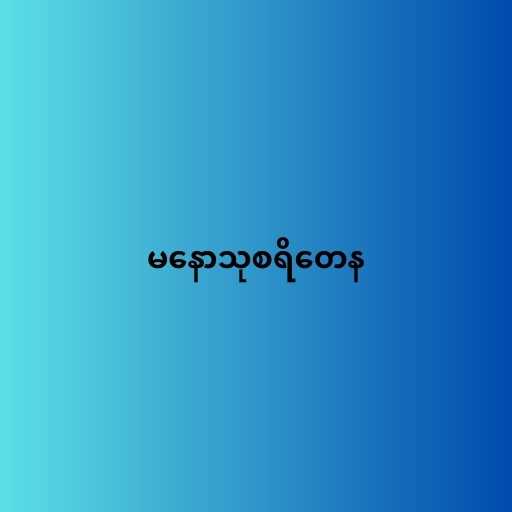
မနောသုစရိတေန